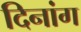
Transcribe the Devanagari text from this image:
दिनांग